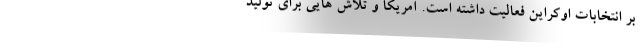
بر انتخابات اوکراین فعالیت داشته است. آمریکا و تلاش هایی برای تولید